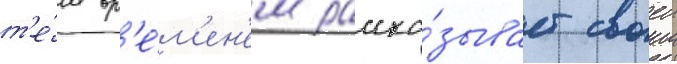
т'е́м вр'е́м'ен'ем расска́зывает своеи